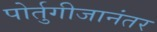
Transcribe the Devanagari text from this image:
पोर्तुगीजानंतर